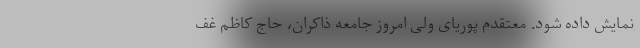
نمایش داده شود. معتقدم پوریای ولی امروز جامعه ذاکران، حاج کاظم غف